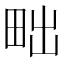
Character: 𤱟